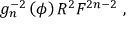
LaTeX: g _ { n } ^ { - 2 } \left( \phi \right) R ^ { 2 } F ^ { 2 n - 2 } \ ,